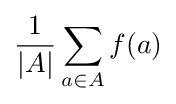
{\frac {1}{|A|}}\sum _{a\in A}f(a)